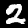
Label: 2